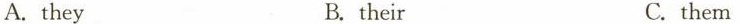
A.they B. their C. them